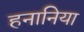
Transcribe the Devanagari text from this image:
हनानिया